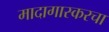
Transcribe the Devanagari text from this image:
मादागास्करचा